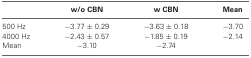
<table><thead><tr><td></td><td><b>w/o CBN</b></td><td><b>w CBN</b></td><td><b>Mean</b></td></tr></thead><tbody><tr><td>500 Hz</td><td>−3.77 ± 0.29</td><td>−3.63 ± 0.18</td><td>−3.70</td></tr><tr><td>4000 Hz</td><td>−2.43 ± 0.57</td><td>−1.85 ± 0.19</td><td>−2.14</td></tr><tr><td>Mean</td><td>−3.10</td><td>−2.74</td></tr></tbody></table>